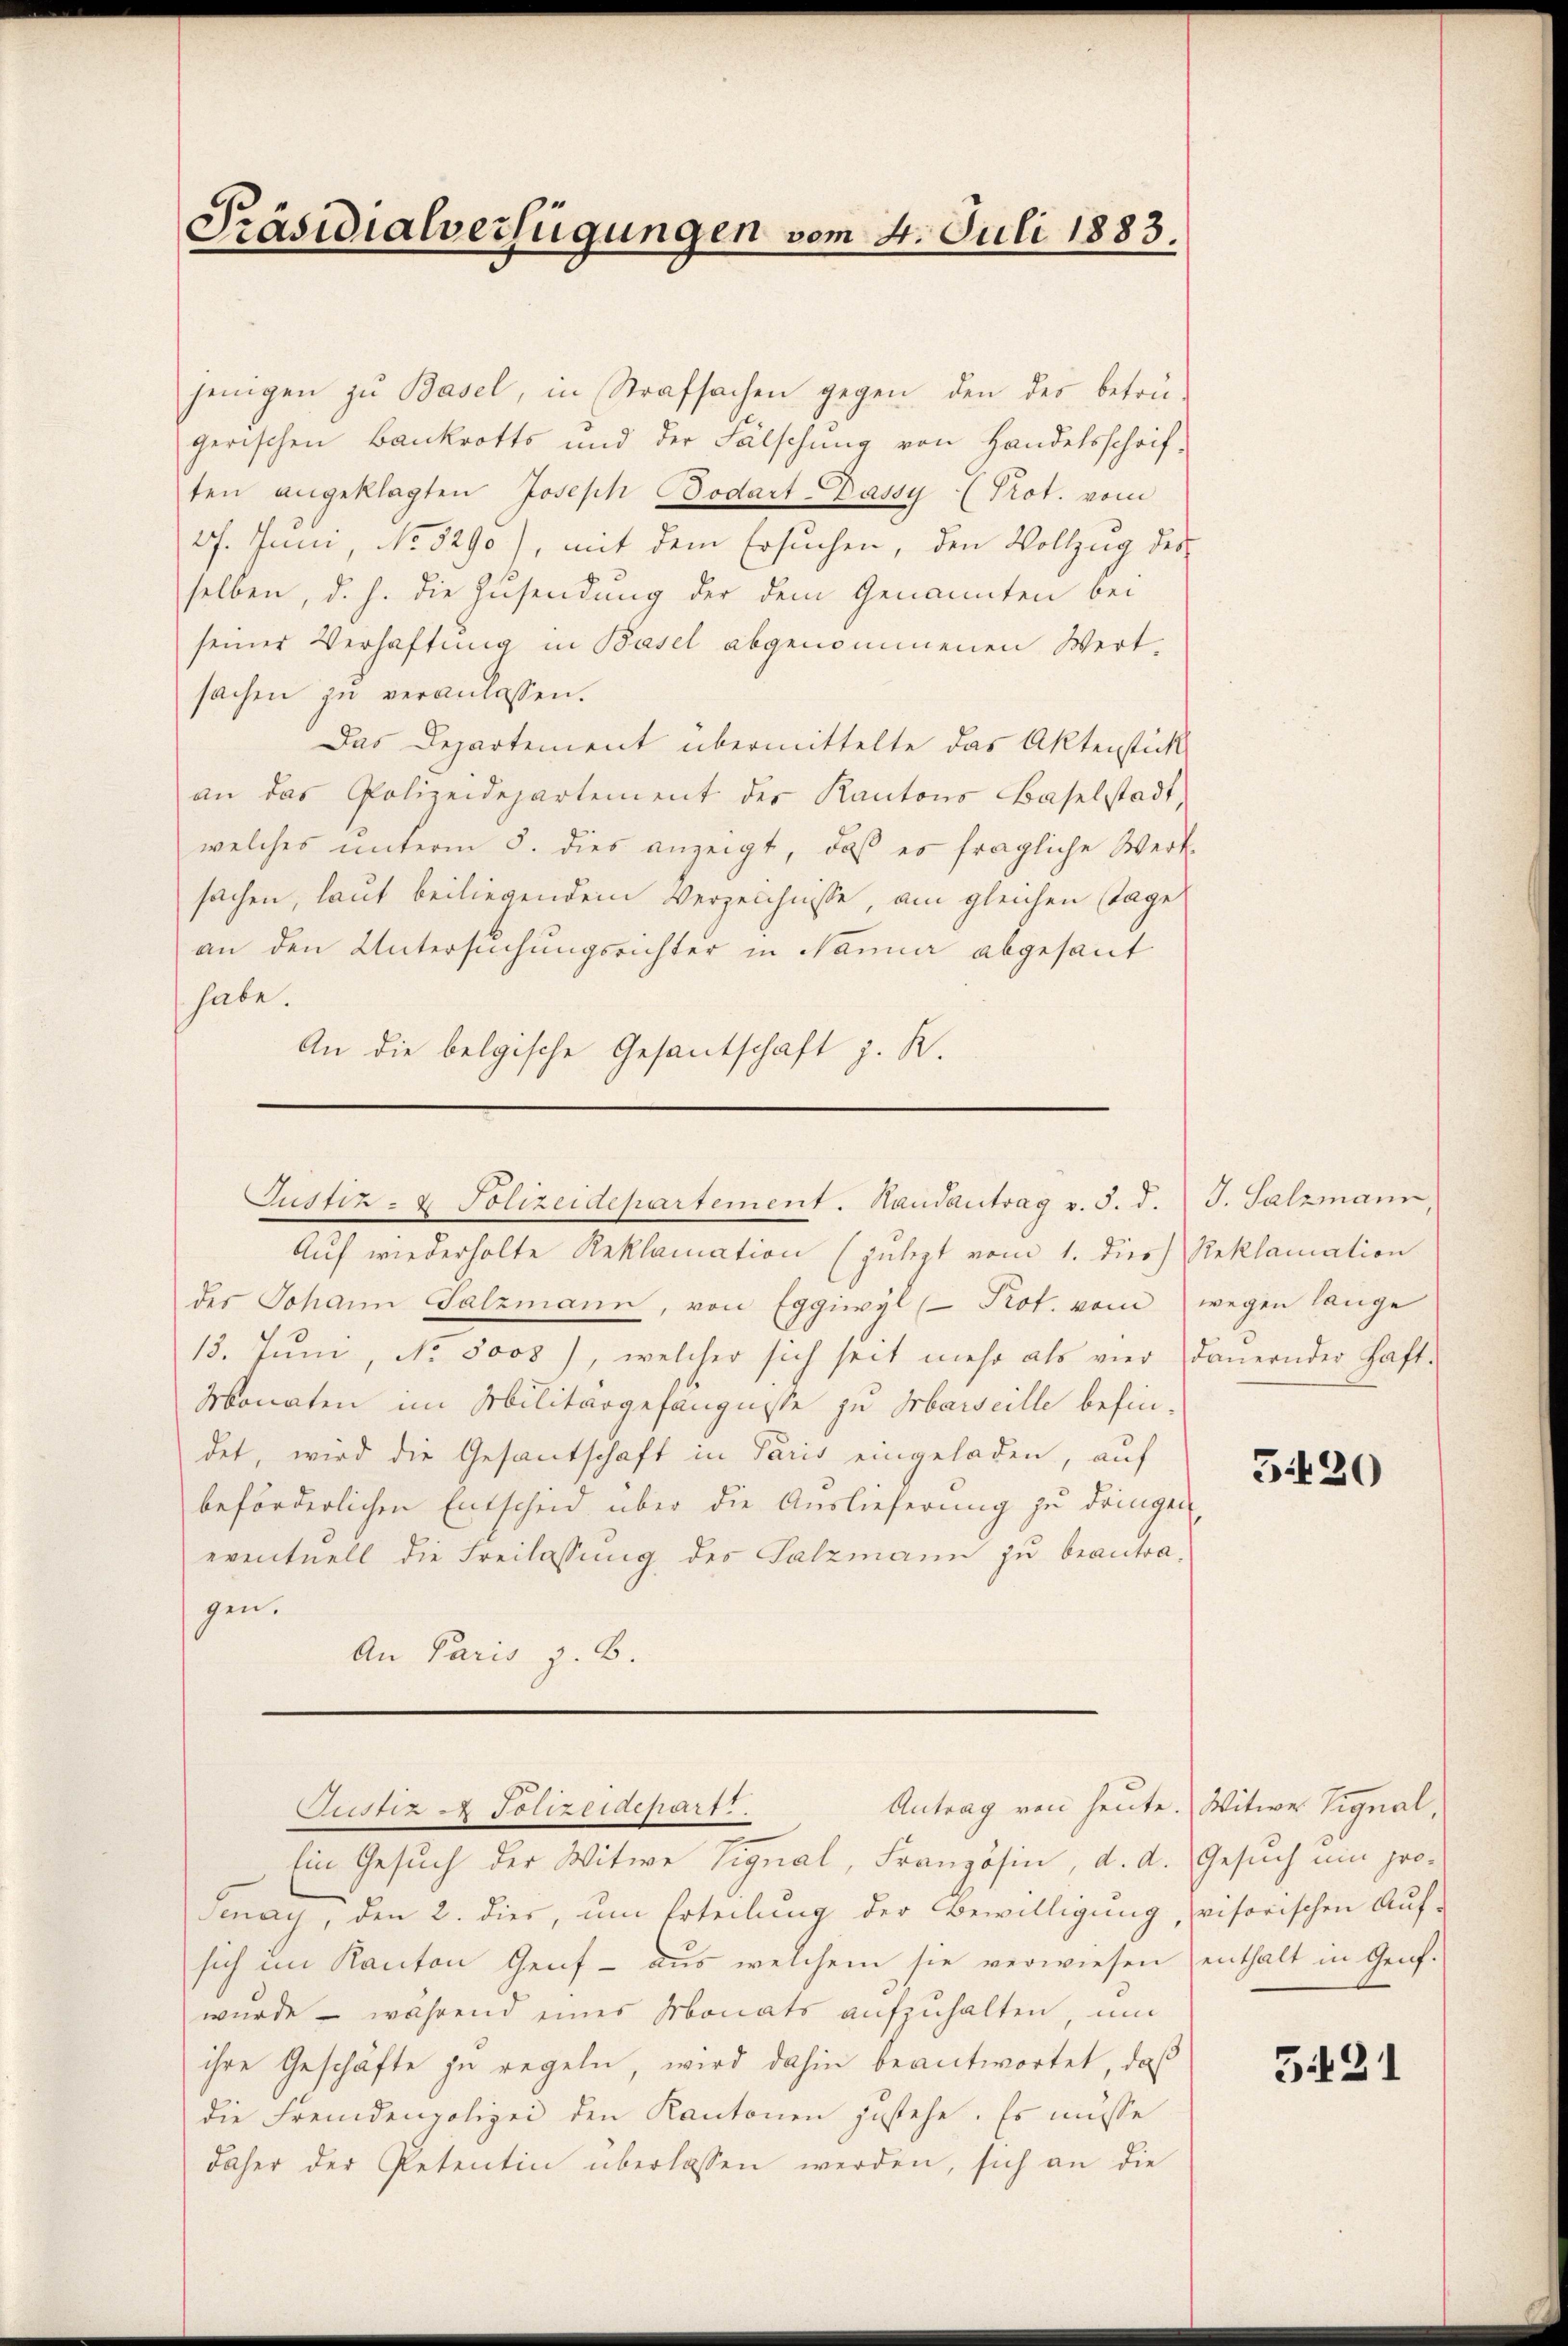
Präsidialverfügungen vom 4. Juli 1883.

jenigen zŭ Basel, in Strafsachen gegen den des betrü-
gerischen Bankrotts und der Fälschung von Handelsschrif-
ten angeklagten Joseph Bodart Bassy (Prot. vom
27. Juni, No 5290), mit dem Ersuchen, den Vollzug der
selben, d. h. die Zusendung der dem Genannten bei
seiner Verhaftung in Basel abgenommenen Wert-
sachen zu veranlassen.
Das Departement übermittelte das Aktenstück
an das Polizeidepartement der Kantons Baselstadt,
welches unterm 5. dies anzeigt, daß es fragliche Werk-
sachen, laut beiliegendem Verzeichnisse, am gleichen Tage
an den Untersuchungsrichter in Nanne abgesant
habe.
An die belgische Gesantschaft z. R.

Justiz- & Polizeidepartement. Handantrag v. 5. d. J. Salzmann

Auf wiederholte Reklamation (julezt vom 1. Die Reklamation
der Johann Salzmann, von Eggiwyl (- Prot. vom wegen lange
13. Jŭni, No. 5003), welcher sich seit mehr als vier Dauernder Haft-
Monaten im Militärgefängnisse zu Marseille befindet, wird die Gesantschaft in Paris eingeladen, auf
beförderlichen Entscheid über die Auslieferung zu dringen,
eventuell die Freilassung des Salzmann zu beantragen.
An Paris z. B.

Ein Gesuch der Witwe Vignal, Französin, d. d. Gesuch um pro¬
Senay, den 2. dies, um Erteilung der Bewilligung, visorischen Auf-
sich im Kanton Genf - aus welchem sie verwiesen
wurde – während eines Monats aufzuhalten, um
ihre Geschäfte zu regeln, wird dahin beantwortet, daß
die Fremdenpolizei den Kantonen zustehe. Es müsse
daher der Petentin überlassen werden, sich an die

Antrag von heute. Witwe Signal,
Justiz & Polizeidepart.

5420

enthalt in Genf.

3421